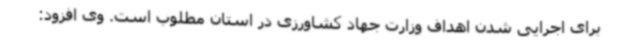
برای اجرایی شدن اهداف وزارت جهاد کشاورزی در استان مطلوب است. وی افزود: